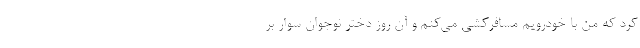
کرد که من با خودرویم مسافرکشی می‌کنم و آن روز دختر نوجوان سوار بر